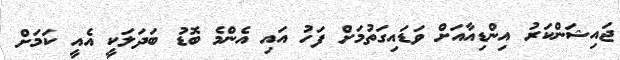
ޖައިޝަންކަރު އިންޑިއާއަށް ވަޑައިގަތުމަށް ފަހު އައި އެންމެ ބޮޑު ބަދަލަކީ އެއީ ކަމަށް